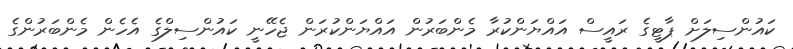
ކައުންސިލަށް ޕާޓީގެ ރައީސް އައްޔަންކުރާ މެންބަރުން އައްޔަންކުރަން ޖެހޭނީ ކައުންސިލްގެ އެހެން މެންބަރުންގެ